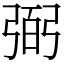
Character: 弼